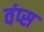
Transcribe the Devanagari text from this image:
वंप्स